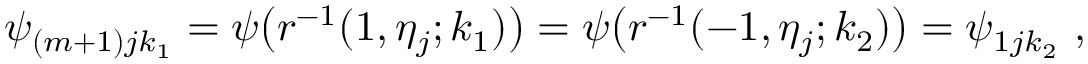
\psi _ { ( m + 1 ) j k _ { 1 } } = \psi \big ( r ^ { - 1 } ( 1 , \eta _ { j } ; k _ { 1 } ) \big ) = \psi \big ( r ^ { - 1 } ( - 1 , \eta _ { j } ; k _ { 2 } ) \big ) = \psi _ { 1 j k _ { 2 } } \mathrm { ~ , ~ }